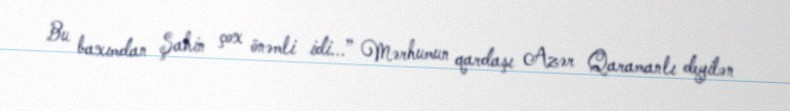
Bu baxımdan Şahin çox önəmli idi...” Mərhumun qardaşı Azər Qaramanlı deyilən